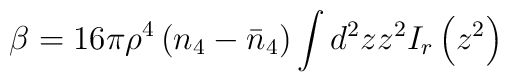
\beta=16\pi\rho^4\left(n_4-\bar n_4\right)\int d^2zz^2 I_r\left(z^2\right)